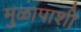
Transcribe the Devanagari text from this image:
मुळापाशी